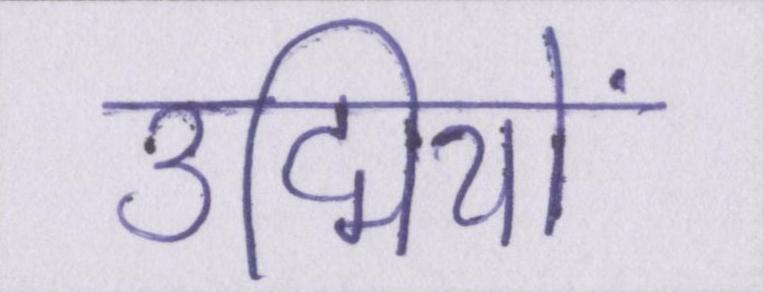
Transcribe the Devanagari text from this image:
उद्मियों